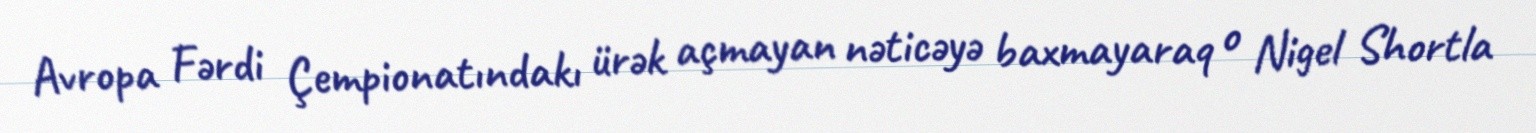
Avropa Fərdi Çempionatındakı ürək açmayan nəticəyə baxmayaraq o Nigel Shortla